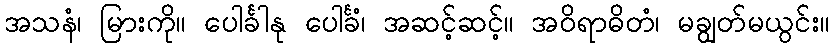
အသနံ၊ မြားကို။ ပေါင်္ခါနု ပေါင်္ခံ၊ အဆင့်ဆင့်။ အဝိရာဓိတံ၊ မချွတ်မယွင်း။